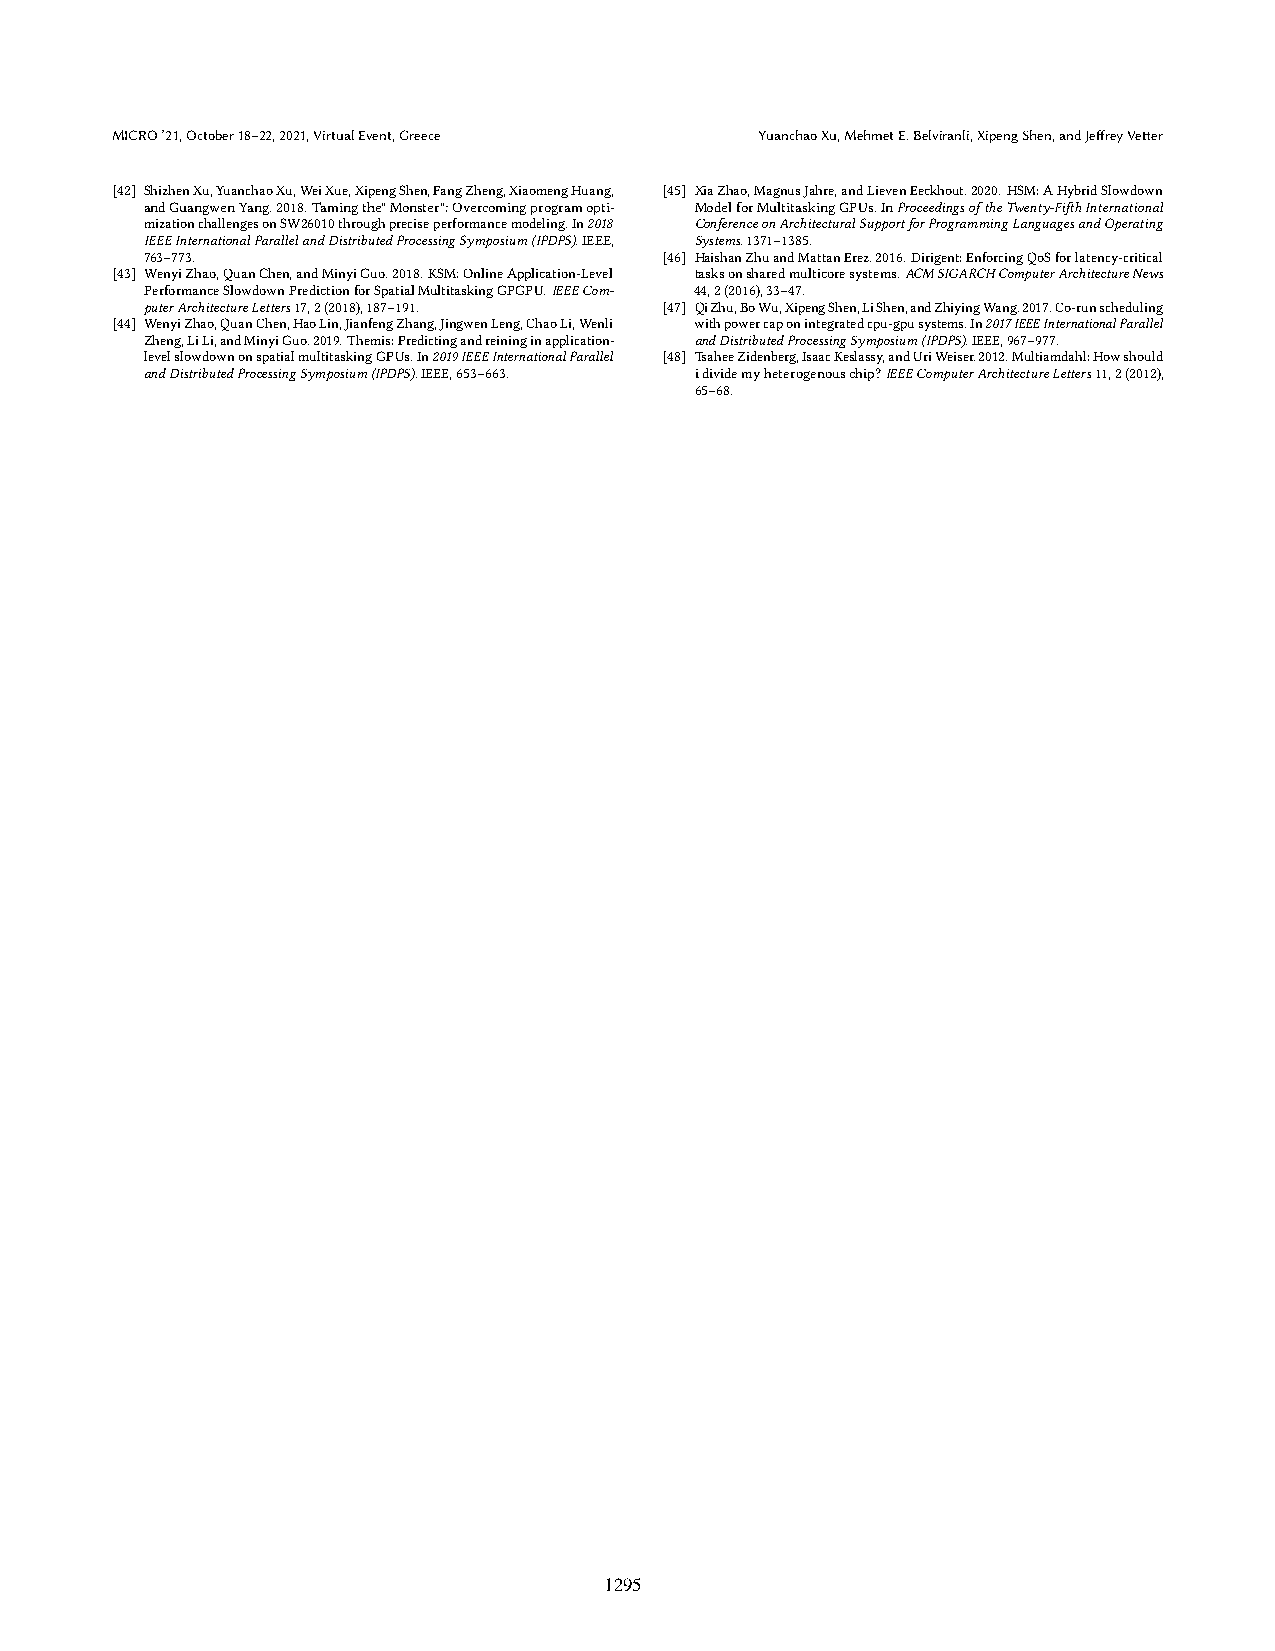
MICRO’21,October18–22,2021,VirtualEvent,Greece YuanchaoXu,MehmetE.Belviranli,XipengShen,andJeffreyVetter
 [42] ShizhenXu,YuanchaoXu,WeiXue,XipengShen,FangZheng,XiaomengHuang, [45] XiaZhao,MagnusJahre,andLievenEeckhout.2020.HSM:AHybridSlowdown
 andGuangwenYang.2018.Tamingthe"Monster":Overcomingprogramopti- ModelforMultitaskingGPUs.InProceedingsoftheTwenty-FifthInternational
 mizationchallengesonSW26010throughpreciseperformancemodeling.In2018 ConferenceonArchitecturalSupportforProgrammingLanguagesandOperating
 IEEEInternationalParallelandDistributedProcessingSymposium(IPDPS).IEEE, Systems.1371–1385.
 763–773.                          [46] HaishanZhuandMattanErez.2016.Dirigent:EnforcingQoSforlatency-critical
 [43] WenyiZhao,QuanChen,andMinyiGuo.2018.KSM:OnlineApplication-Level tasksonsharedmulticoresystems.ACMSIGARCHComputerArchitectureNews
 PerformanceSlowdownPredictionforSpatialMultitaskingGPGPU.IEEECom- 44,2(2016),33–47.
 puterArchitectureLetters17,2(2018),187–191. [47] QiZhu,BoWu,XipengShen,LiShen,andZhiyingWang.2017.Co-runscheduling
 [44] WenyiZhao,QuanChen,HaoLin,JianfengZhang,JingwenLeng,ChaoLi,Wenli withpowercaponintegratedcpu-gpusystems.In2017IEEEInternationalParallel
 Zheng,LiLi,andMinyiGuo.2019.Themis:Predictingandreininginapplication- andDistributedProcessingSymposium(IPDPS).IEEE,967–977.
 levelslowdownonspatialmultitaskingGPUs.In2019IEEEInternationalParallel [48] TsaheeZidenberg,IsaacKeslassy,andUriWeiser.2012.Multiamdahl:Howshould
 andDistributedProcessingSymposium(IPDPS).IEEE,653–663. idividemyheterogenouschip?IEEEComputerArchitectureLetters11,2(2012),
 65–68.
 1295